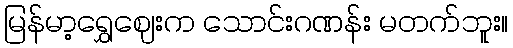
မြန်မာ့ရွှေဈေးက သောင်းဂဏန်း မတက်ဘူး။